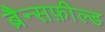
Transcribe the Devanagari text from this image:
ब्रैन्सफ़ील्ड